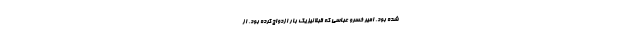
شده بود. امیر خسرو عباسی که قبلاً نیز یک بار ازدواج کرده بود، از